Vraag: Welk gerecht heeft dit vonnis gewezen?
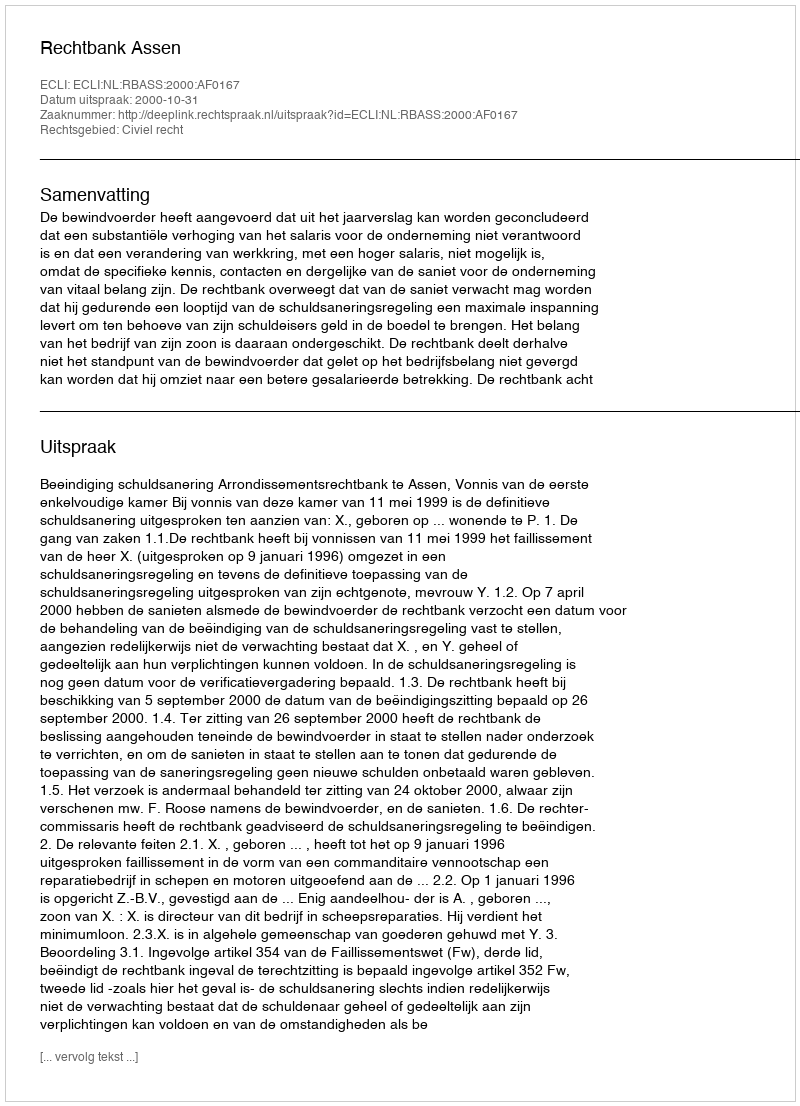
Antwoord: Rechtbank Assen